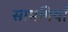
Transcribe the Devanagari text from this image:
सामगियाँ